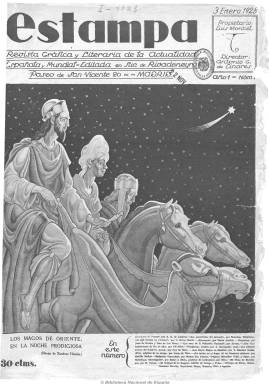
Título: Estampa (Madrid. 1928)
Colección: Revistas de información general
Ámbito geográfico: Madrid
Lugar de publicación: Madrid
Fechas: 03/01/1928-08/01/1938

Junto a Crónica (1929-1938), será la revista que modernizará el periodismo gráfico español de actualidad, que nacerá en un momento de silencio informativo y censura previa como es el de la Dictadura primoriverista y que quedará truncado con el estallido de la guerra civil. Diseñada por Antonio González Linares (1875-1945), que será su primer director y le proporcionará el estilo de “magazín” que había aprendido en el periodismo francés durante su estancia en París, estará impulsada por uno de los más destacados innovadores de la empresa periodística española del siglo veinte, el ingeniero de Caminos Luis Montiel Balanzat (1884-1976), que desde 1919 venía siendo propietario de los talleres tipográficos de Sucesores de Rivadeneyra, en donde se imprimirá la nueva revista. Esta tomará el relevo de las ya “envejecidas” publicaciones gráficas que habían nacido en el periodo anterior: Nuevo mundo (1894-1933), Mundo gráfico (1911-1938) y La Esfera (1914-1931), todas ellas de Prensa Gráfica, empresa a la que había estado vinculado González Linares y a la que había presentado primero el proyecto de Estampa, pero sin éxito. La nueva revista también tendrá que competir con Blanco y negro (1891-2000), de Prensa Española.

A los dos meses de su aparición, González Linares marchará a París y abandonará la dirección de Estampa, según se anuncia en su número 10, de seis de marzo de 1928, asumiendo su propietario también la dirección, y continuando como redactor-jefe Vicente Sánchez Ocaña (1895-1962), que procedente de El Heraldo de Madrid (1890-1939) formaba parte de la redacción desde su fundación. González Linares se reincorporará posteriormente al nuevo proyecto de Prensa Gráfica: el también magazín Crónica, mientras que el propio Montiel fundará en 1930 el diario gráfico Ahora, con el que competirá con el matutino ABC de Luca de Tena.

El periodismo gráfico español dio este salto en su modernidad por su adaptación a las modernas técnicas de impresión: en un momento de expansión del huecograbado. En el caso de Estampa se produce también un abaratamiento del precio de venta del ejemplar frente a todos sus competidores. Treinta céntimos el ejemplar ordinario –el triple que el de un diario- para una entrega de 48 páginas y gran formato. Las viejas revistas costaban entre los 30 céntimos y la peseta, con una menor paginación y obsolescencia. También su baratura lo será frente a su directa competidora Crónica, pues aunque esta tendrá el precio de 20 céntimos su paginación se reduce a la mitad. Junto a su bajo precio, su diseño novedoso, su abrumador predominio de lo gráfico sobre lo textual, su mayor calidad, amenidad y rigor, variedad y, también, moderación en los contenidos la hará propicia para entrar en los hogares, por lo que su éxito fue fulminante. A los dos meses de salir ya alcanzó una tirada de 100.000 ejemplares y, a los tres meses, de 150.000, llegando después a superar los 200.000. Su éxito económico lo incrementó una gran masa de publicidad, que sumaba las seis páginas. Frente a ella, Crónica optó por la incorporación de imágenes femeninas y textos más atrevidos y sicalípticos.

Cuando aparece el tres de enero de 1928 lo hará con el subtítulo “revista gráfica y literaria de la actualidad española y mundial”, para después reducirse al escueto “revista gráfica”, ciñendo también su carácter y contenidos de perfil más literario. Aún así, los Cuentos de la Estampa fueron muy leídos y entre sus principales secciones están: Literatura, firmada por Alberto Insúa; Escenario, dedicada al teatro y firmada por Alberto Marín Alcalde; Deportes, por Juan de Gredos; Sangre y arena, dedicada a los toros y de la que se encargó Alhamar, y Arte, por Gil Fillol. También insertó el clásico folletín histórico. Dedicó páginas especiales a la mujer y, aunque dio prioridad a la moda y presentó una imagen moderna de la mujer, se aventuró también en las ideas feministas, aunque desde un tono moderado. Así mismo, tenía páginas infantiles y otras de humor. El artículo descriptivo, la crónica, el reportaje y la entrevista fueron géneros que desarrolló con una gran calidad periodística, pues contó con colaboraciones esporádicas sobre los asuntos que adquirían interés. Y como magazín de actualidad fue copiosamente gráfica: cada número contenía más de un centenar de fotografías. En la sección Instantáneas incluía una quincena, y en la de Notas gráficas de actualidad de las provincias españolas, más de medio centenar. Así que en sus páginas abruman los contenidos gráficos, estrictamente acompañados con escuetos pies de foto.

Numerosos fueron los fotógrafos que publicaron en sus páginas: Adróver, Vidal, Walken, Antsa, Contreras, Vilaseca, Zarco, Zapata, Mena, Cervera, Luque, Calvache (retratos), Álvaro (deportes) o Badosa (Barcelona), junto a los principales reporteros gráficos de provincias. Su principal humorista fue Sirio y contó con los mejores dibujantes del momento para sus páginas literarias, infantiles y de humor: Ximénez Herráiz, Roberto, Penagos, Baldrich, Téllez, Fresno, Echea o K-Hito. Y entre sus colaboradores literarios se encuentran César González Ruano, Francisco Coves, Matilde Muñoz, Ernesto López Parra, José Díez Morales, Francisco Martínez Corvalán o Carlos Vela Jerezano.

Aunque al principio dedicó atención también a la actualidad política, esta irá cobrando más espacio durante la II República, a la que se adhirió desde su posición conservadora y cuyo propietario había sido un antiguo ciervista monárquico, situándose en el centro derecha del nuevo régimen, al igual que su diario gráfico Ahora, que desde una posición burguesa moderada será también uno de los más leídos durante esta década. Frente a ella estará una Crónica más politizada y ocupando el espacio de la izquierda republicana. Tras el golpe militar, el 24 de julio de 1936, el personal de redacción, talleres y administración se incautarán de la empresa y Estampa continuará publicándose adherida al Frente Popular hasta su desaparición, en agosto de 1938, ofreciendo reportajes sobre los frentes y la retaguardia y mermando su paginación. Como han señalado Seoane, Sáiz y Sánchez Vigil, la guerra civil acabó también con esta publicación modélica en su género. El último número de la colección de la Biblioteca Nacional de España corresponde al ocho de enero de ese año. Por su parte, tras la contienda, Montiel recuperará la propiedad de los Talleres de Rivadeneyra y reiniciará una nueva etapa como empresario de la industria periodística española con títulos como la revista Semana y el deportivo As.